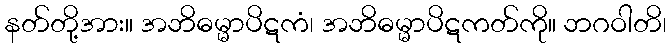
နတ်တို့အား။ အဘိဓမ္မာပိဋကံ၊ အဘိဓမ္မာပိဋကတ်ကို။ ဘဂဝါတိ၊